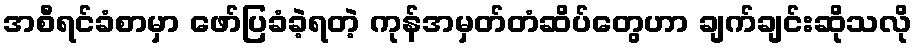
အစီရင်ခံစာမှာ ဖော်ပြခံခဲ့ရတဲ့ ကုန်အမှတ်တံဆိပ်တွေဟာ ချက်ချင်းဆိုသလို